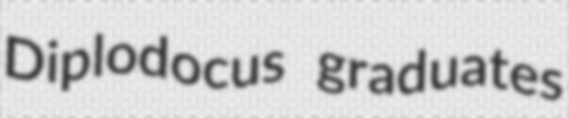
Diplodocus graduates